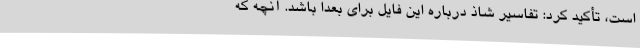
است، تأکید کرد: تفاسیر شاذ درباره این فایل برای بعدا باشد. آنچه که